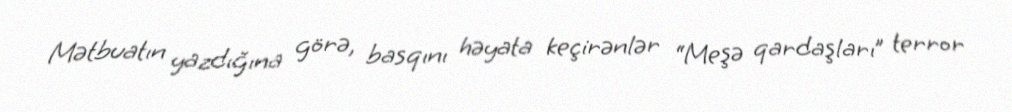
Mətbuatın yazdığına görə, basqını həyata keçirənlər “Meşə qardaşları” terror